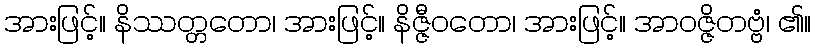
အားဖြင့်။ နိဿတ္တတော၊ အားဖြင့်။ နိဇ္ဇီဝတော၊ အားဖြင့်။ အာဝဇ္ဇိတဗ္ဗံ၊ ၏။